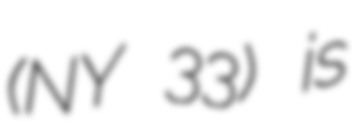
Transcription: (NY 33) is